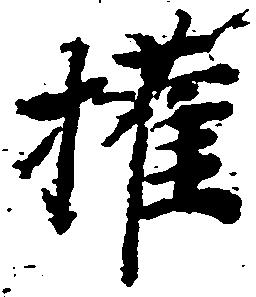
権